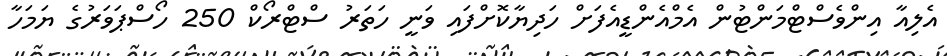
އެލިއާ އިންވެސްޓްމަންޓުން އެމްއެންޑީއެފަށް ހަދިޔާކޮށްފައި ވަނީ ހަތަރު ސްޓްރޯކް 250 ހޯސްޕަވަރުގެ ޔަމަހާ